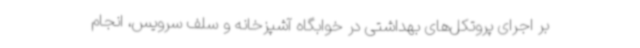
بر اجرای پروتکل‌های بهداشتی در خوابگاه آشپزخانه و سلف سرویس، انجام